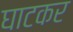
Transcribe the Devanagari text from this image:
घाटकर